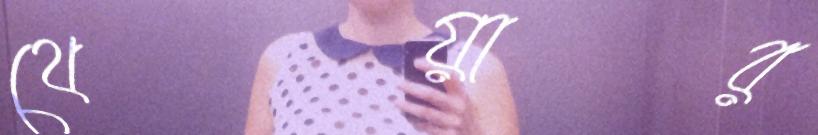
থেয়ার